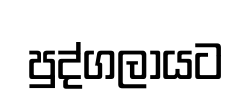
පුද්ගලායට